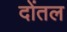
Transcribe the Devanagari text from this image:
दोंतल